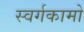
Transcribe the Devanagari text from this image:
स्वर्गकामो